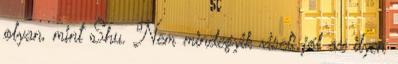
olyan, mint Shu. Nem mindegyik viseli jól az ilyen